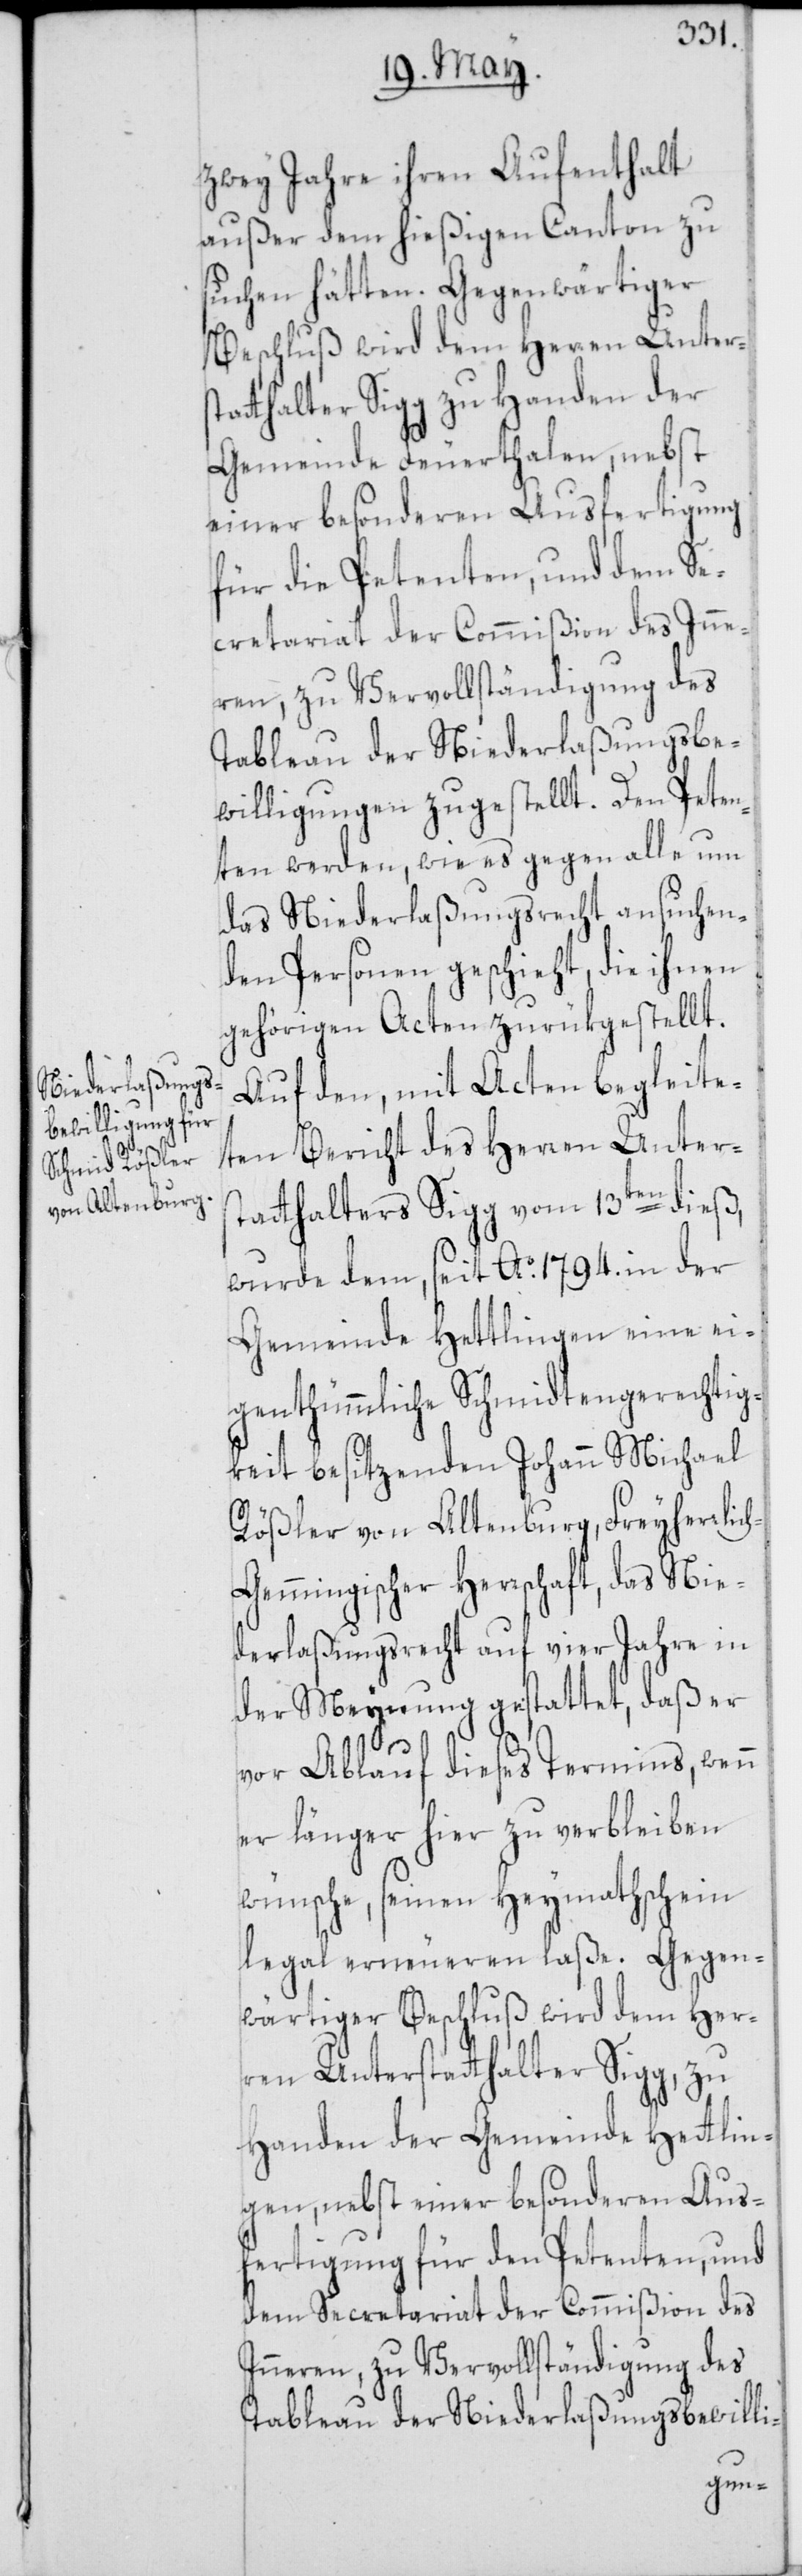
zwey Jahre ihren Aufenthalt
außer dem hießigen Canton zu
suchen hätten. Gegenwärtiger
Beschluß wird dem Herren Unters¬
tatthalter Sigg zu Handen der
Gemeinde Feuerthalen, nebst
einer besonderen Ausfertigung
für die Petenten, und dem Se¬
cretariat der Commißion des Inne¬
ren, zu Vervollständigung des
Tableau der Niederlaßungsbe¬
willigungen zugestellt. Den Peten¬
ten werden, wie es gegen alle um
das Niederlaßungsrecht ansuchen¬
den Personen geschieht, die ihnen
gehörigen Acten zurükgestellt.
Auf den, mit Acten begleite¬
ten Bericht des Herren Unter¬
statthalters Sigg vom 13ten dieß,
wurde dem, seit Ao. 1794. in der
Gemeinde Hettlingen eine ei¬
genthümmliche Schmidtengerechtig¬
keit besitzenden Johann Michael
Rößler von Altenburg, Freyherrlic¬
h-Gemmingischer Herrschaft, das Nie¬
derlaßungsrecht auf vier Jahre in
der Meynung gestattet, daß er
vor Ablauf dieses Termins, wenn
er länger hier zu verbleiben
wünsche, seinen Heymathschein
legal erneueren laße. Gegen¬
wärtiger Beschluß wird dem Herr¬
en Unterstatthalter Sigg, zu
Handen der Gemeinde Hettlin¬
gen, nebst einer besonderen Aus¬
fertigung für den Petenten, und
dem Secretariat der Commißion des
Inneren, zu Vervollständigung des
Tableau der Niederlaßungsbewilli-